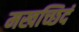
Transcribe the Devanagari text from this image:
मखच्छिदं